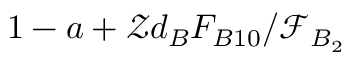
1 - a + \mathcal { Z } d _ { B } F _ { B 1 0 } / \mathcal { F } _ { B _ { 2 } }